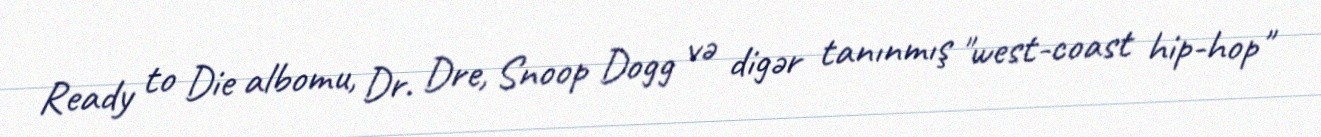
Ready to Die albomu, Dr. Dre, Snoop Dogg və digər tanınmış "west-coast hip-hop"